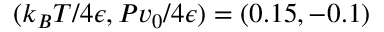
( k _ { B } T / 4 \epsilon , P v _ { 0 } / 4 \epsilon ) = ( 0 . 1 5 , - 0 . 1 )